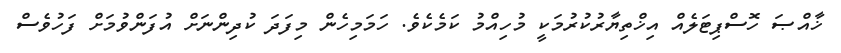
ޚާއްޞަ ހޮސްޕިޓަލެއް އިޚްތިޔާރުކުރުމަކީ މުހިއްމު ކަމެކެވެ. ހަމަމިހެން މިފަދަ ކުދިންނަށް އުފަންވުމަށް ފަހުވެސް